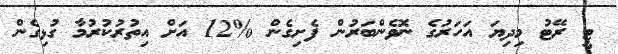
ޓީ ރޭޓު މިދިޔަ އަހަރުގެ ނޮވެންބަރުން ފެށިގެން %12 އަށް އިތުރުކުރުމާ ގުޅިގެން